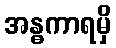
အန္ဓကာရမှိ